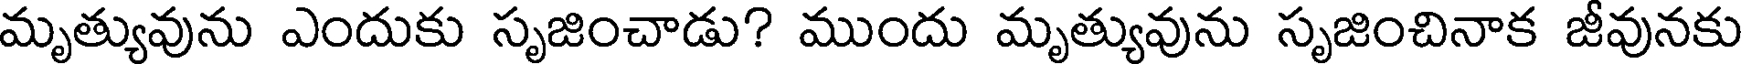
మృత్యువును ఎందుకు సృజించాడు? ముందు మృత్యువును సృజించినాక జీవునకు